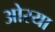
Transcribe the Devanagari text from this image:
ओरया